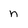
Character: n